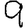
Digit: 9